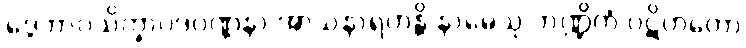
ဒွေဘာဂသိက္ခာပဒဝဏ္ဏနာ အာသနာရဟန္တိ နာမေသု ဘဏ္ဍိကံ ပဋိဟတော